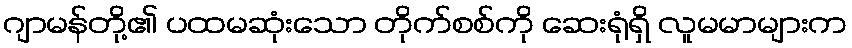
ဂျာမန်တို့၏ ပထမဆုံးသော တိုက်စစ်ကို ဆေးရုံရှိ လူမမာများက